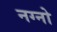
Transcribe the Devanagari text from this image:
नग्नो